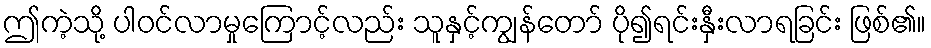
ဤကဲ့သို့ ပါဝင်လာမှုကြောင့်လည်း သူနှင့်ကျွန်တော် ပို၍ရင်းနှီးလာရခြင်း ဖြစ်၏။